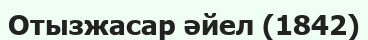
Отызжасар әйел (1842)